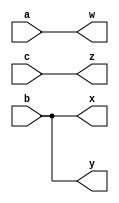
// SPDX-License-Identifier: MIT

module top_module( 
    input a,b,c,
    output w,x,y,z );
    assign {w, x, y,z} = {a, b, b, c};
endmodule